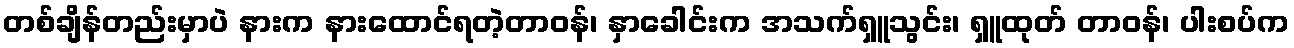
တစ်ချိန်တည်းမှာပဲ နားက နားထောင်ရတဲ့တာဝန်၊ နှာခေါင်းက အသက်ရှူသွင်း၊ ရှူထုတ် တာဝန်၊ ပါးစပ်က